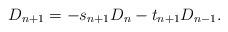
LaTeX: \begin{align*}D_{n+1}=-s_{n+1}D_{n}-t_{n+1}D_{n-1}.\end{align*}